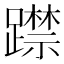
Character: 𨆃